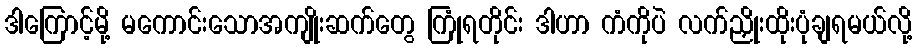
ဒါကြောင့်မို့ မကောင်းသောအကျိုးဆက်တွေ ကြုံရတိုင်း ဒါဟာ ကံကိုပဲ လက်ညှိုးထိုးပုံချရမယ်လို့